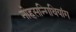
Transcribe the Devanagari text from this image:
नोहसन्गिथियांग